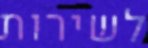
לשירות